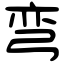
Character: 弯